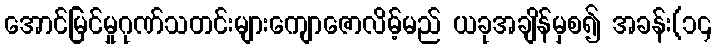
အောင်မြင်မှုဂုဏ်သတင်းများကျောဇောလိမ့်မည် ယခုအချိန်မှစ၍ အခန်း(၁၄